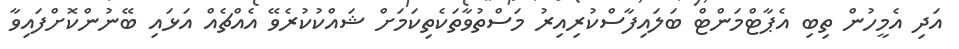
އަދި އެމީހުން ތިބި އެޕާޓްމަންޓް ބަލައިފާސްކުރިއިރު މަސްތުވާތަކެތިކަމަށް ޝައްކުކުރެވޭ އެއްޗެއް އަޅައި ބޭނުންކޮށްފައިވާ